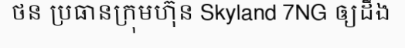
ថន ប្រធានក្រុមហ៊ុន Skyland 7NG ឲ្យដឹង